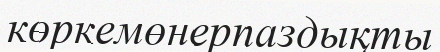
көркемөнерпаздықты